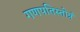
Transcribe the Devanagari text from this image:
गणपतिस्तोत्रं